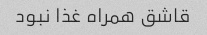
قاشق همراه غذا نبود